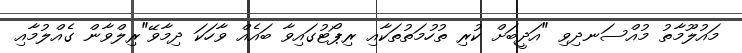
މައުލޫމާތު މުއްސަނދިވި "އަދީބަށް ކުރި ތުހުމަތުތަކާއި ރިޕޯޓުގައިވާ ބައެއް ވާހަކަ ދިމާވޭ"ރިލްވާން ގެއްލުމާއި